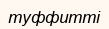
туффитті